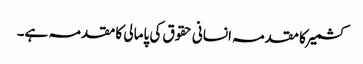
کشمیر کا مقدمہ انسانی حقوق کی پامالی کا مقدمہ ہے۔